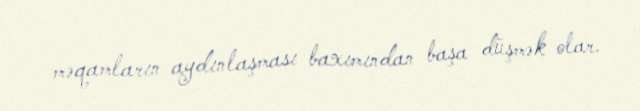
məqamların aydınlaşması baxımından başa düşmək olar.